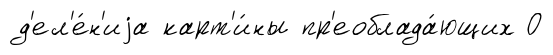
д'ел'е́н'иjа карт'и́ны пр'еоблада́ющих О